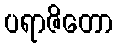
ပရာဇိတော